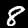
Digit: 8